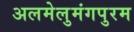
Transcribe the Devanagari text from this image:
अलमेलुमंगपुरम